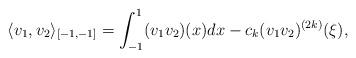
LaTeX: \begin{align*} \langle v_1,v_2\rangle_{[-1,-1]}=\int_{-1}^1 (v_1v_2)(x) dx-c_k(v_1v_2)^{(2k)}(\xi),\end{align*}